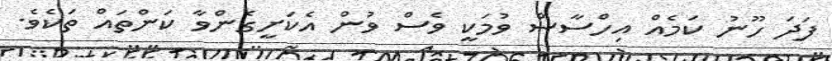
ފަދަ ހޫނު ކަމެއް އިހްސާސް ވުމަކީ ވެސް ވުން އެކަށީގެންވާ ކަންތައް ތަކެވެ.